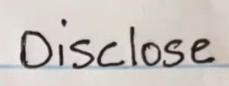
Disclose